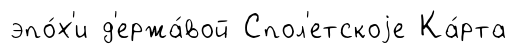
эпо́х'и д'ержа́вой Спол'етскоjе Ка́рта